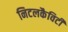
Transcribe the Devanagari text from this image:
निटलकैविटी